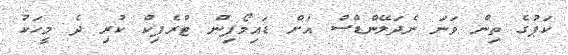
ކަޕުގެ ތިން ވަނަ ނެދަލޭންޑްސް އަށް ޑައިމޯފިން ޓްރެފިކް ކުރި ދެ މީހަކު